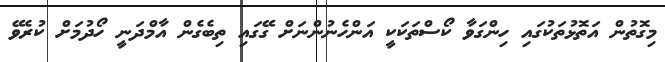
މިގޮތުން އަތޮޅުތަކުގައި ހިންގަވާ ކޯސްތަކަކީ އަންހެނުންނަށް ގޭގައި ތިބެގެން އާމްދަނީ ހޯދުމަށް ކުރެވޭ